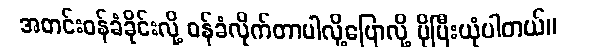
အတင်းဝန်ခံခိုင်းလို့ ဝန်ခံလိုက်တာပါလို့ပြောလို့ ပိုပြီးယုံပါတယ်။